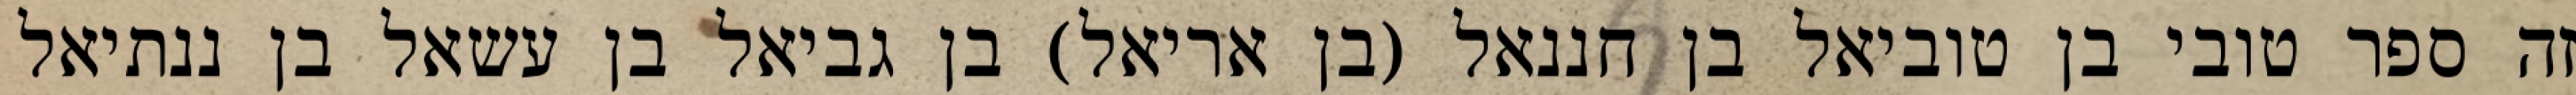
זה ספר טובי בן טוביאל בן חננאל (בן אריאל) בן גביאל בן עשאל בן ננתיאל